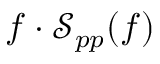
f \cdot \mathcal { S } _ { p p } ( f )